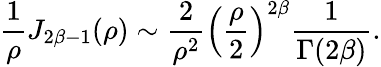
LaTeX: {\frac{1}{\rho}}J_{2\beta-1}(\rho)\sim{\frac{2}{\rho^{2}}}\left({\frac{\rho}{2}}\right)^{2\beta}{\frac{1}{\Gamma(2\beta)}}.